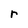
Character: r